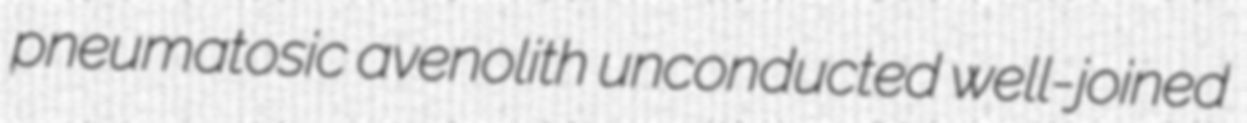
pneumatosic avenolith unconducted well-joined